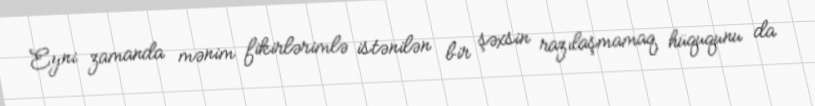
Eyni zamanda mənim fikirlərimlə istənilən bir şəxsin razılaşmamaq hüququnu da